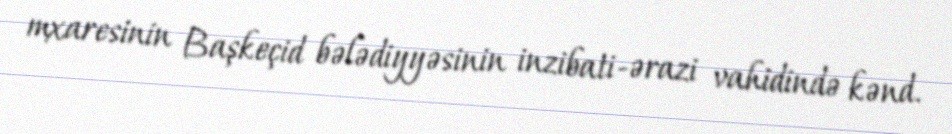
mxaresinin Başkeçid bələdiyyəsinin inzibati-ərazi vahidində kənd.